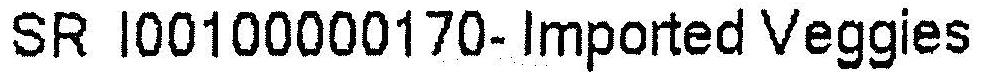
SR I00100000170- IMPORTED VEGGIES